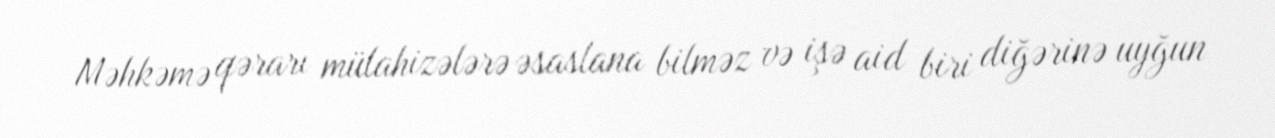
Məhkəmə qərarı mülahizələrə əsaslana bilməz və işə aid biri diğərinə uyğun